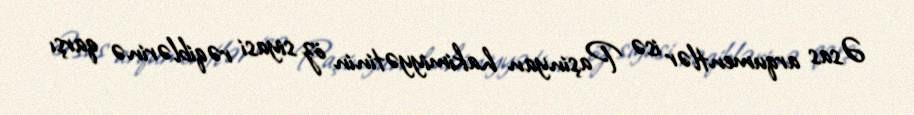
Əsas arqumentlər isə Paşinyan hakimiyyətinin öz siyasi rəqiblərinə qarşı